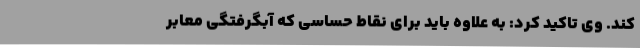
کند. وی تاکید کرد: به علاوه باید برای نقاط حساسی که آبگرفتگی معابر